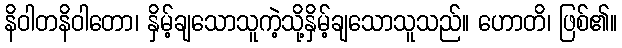
နိဝါတနိဝါတော၊ နှိမ့်ချသောသူကဲ့သို့နှိမ့်ချသောသူသည်။ ဟောတိ၊ ဖြစ်၏။